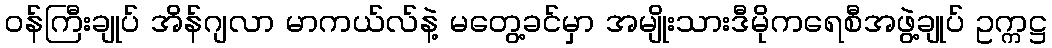
၀န်ကြီးချုပ် အိန်ဂျလာ မာကယ်လ်နဲ့ မတွေ့ခင်မှာ အမျိုးသားဒီမိုကရေစီအဖွဲ့ချုပ် ဥက္ကဋ္ဌ